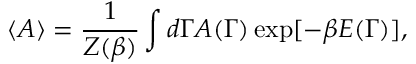
\langle A \rangle = { \frac { 1 } { Z ( \beta ) } } \int d \Gamma A ( \Gamma ) \exp [ - \beta E ( \Gamma ) ] ,